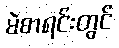
မဲစာရင်းတွင်